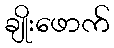
ချိုးဖောက်